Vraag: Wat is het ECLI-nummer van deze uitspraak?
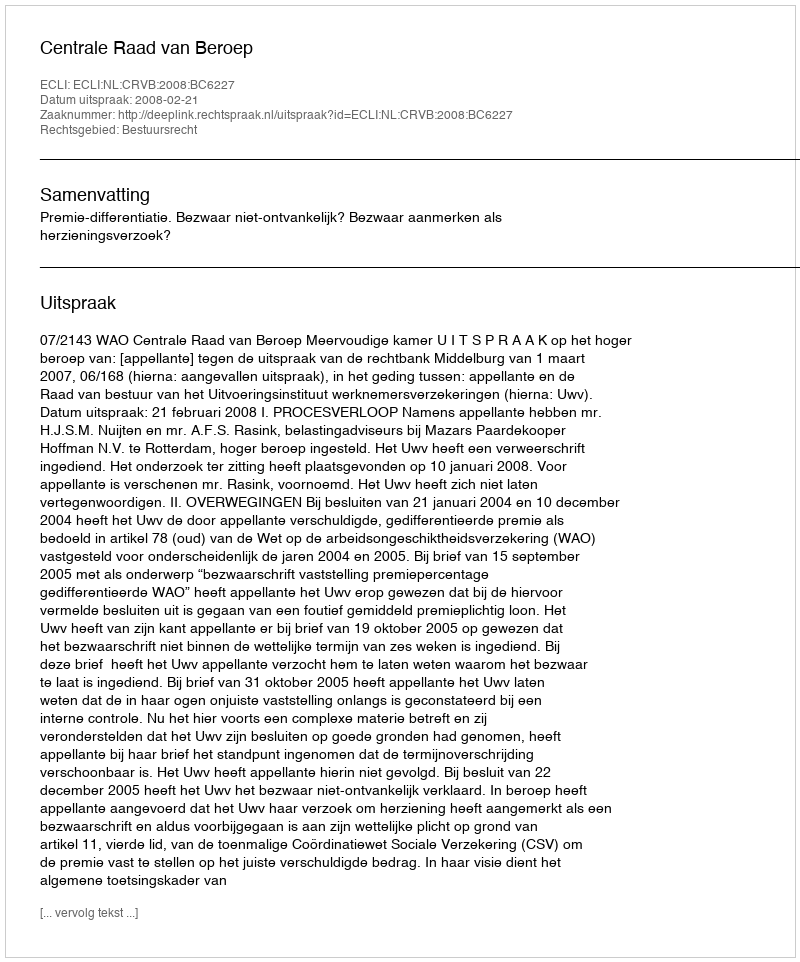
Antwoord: ECLI:NL:CRVB:2008:BC6227